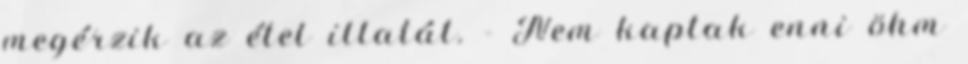
megérzik az étel illatát. - Nem kaptak enni öhm